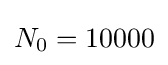
N_{0}=10000